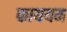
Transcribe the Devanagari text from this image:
काययम